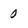
Character: 0